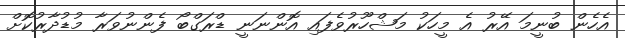
އެހެން ބުނީމަ އޭރު އެ މީހަކު މަޝްހޫރުވެފައި އޮންނަނީ ޑްރަގްބޯ ފެންނުވަރާ މުޑުދާރުކޮށް